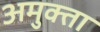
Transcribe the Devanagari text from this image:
अमुक्ता